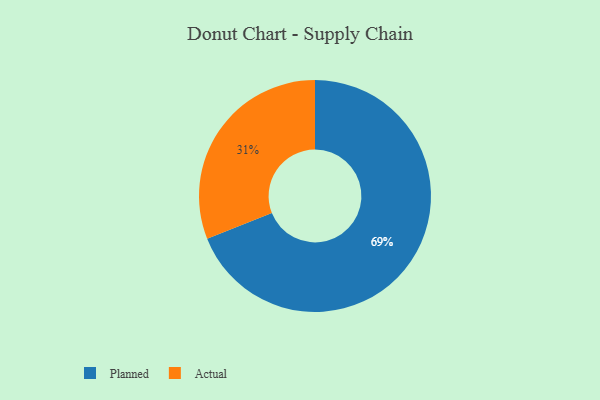
{"axis": {"x": "Category", "y": "Percentage"}, "legend": ["Actual", "Planned"], "data": [{"x": "Planned", "y": 69, "type": "Planned"}, {"x": "Actual", "y": 31, "type": "Actual"}]}